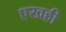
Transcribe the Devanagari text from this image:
एखही